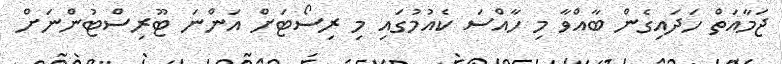
ޖަމާއަތް ހަދައިގެން ބާއްވާ މި ހާއްސަ ކެއުމުގައި މި ރިސޯޓަށް އަންނަ ޓޫރިސްޓުންނަށް